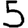
Digit: 5